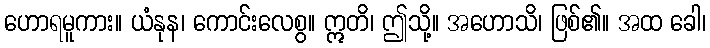
ဟောရမူကား။ ယံနုန၊ ကောင်းလေစွ။ ဣတိ၊ ဤသို့။ အဟောသိ၊ ဖြစ်၏။ အထ ခေါ၊